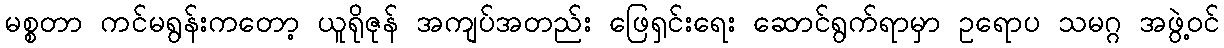
မစ္စတာ ကင်မရွန်းကတော့ ယူရိုဇုန် အကျပ်အတည်း ဖြေရှင်းရေး ဆောင်ရွက်ရာမှာ ဥရောပ သမဂ္ဂ အဖွဲ့ဝင်